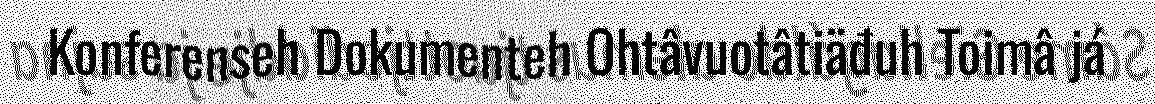
Konferenseh Dokumenteh Ohtâvuotâtiäđuh Toimâ já